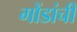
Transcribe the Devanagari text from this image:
गोंडांची